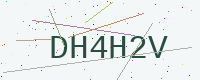
Text: DH4H2V